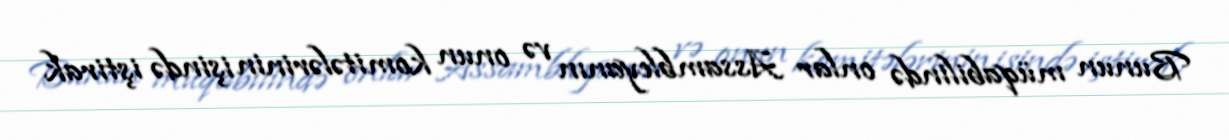
Bunun müqabilində onlar Assambleyanın və onun komitələrinin işində iştirak